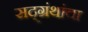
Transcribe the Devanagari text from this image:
सद्ग्रंथांचा